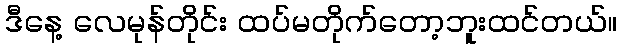
ဒီနေ့ လေမုန်တိုင်း ထပ်မတိုက်တော့ဘူးထင်တယ်။